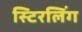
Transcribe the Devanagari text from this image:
स्टिरलिंग